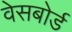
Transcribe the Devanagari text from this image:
वेसबोर्ड